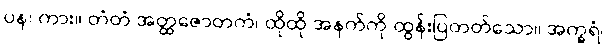
ပန၊ ကား။ တံတံ အတ္ထဇောတကံ၊ ထိုထို အနက်ကို ထွန်းပြတတ်သော။ အက္ခရံ၊